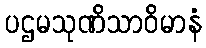
ပဌမသုဏိသာဝိမာနံ